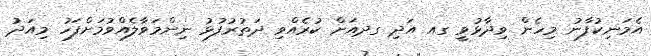
އެމަނިކުފާނު މިހެން ވިދާޅުވީ ގއ އަދި ގދއަށް ކުރެއްވި ދަތުރުފުޅު ނިންމަވާލެއްވުމަށްފަހު މިއަދު